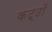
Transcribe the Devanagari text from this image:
कट्ठों